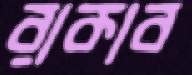
রাকাব